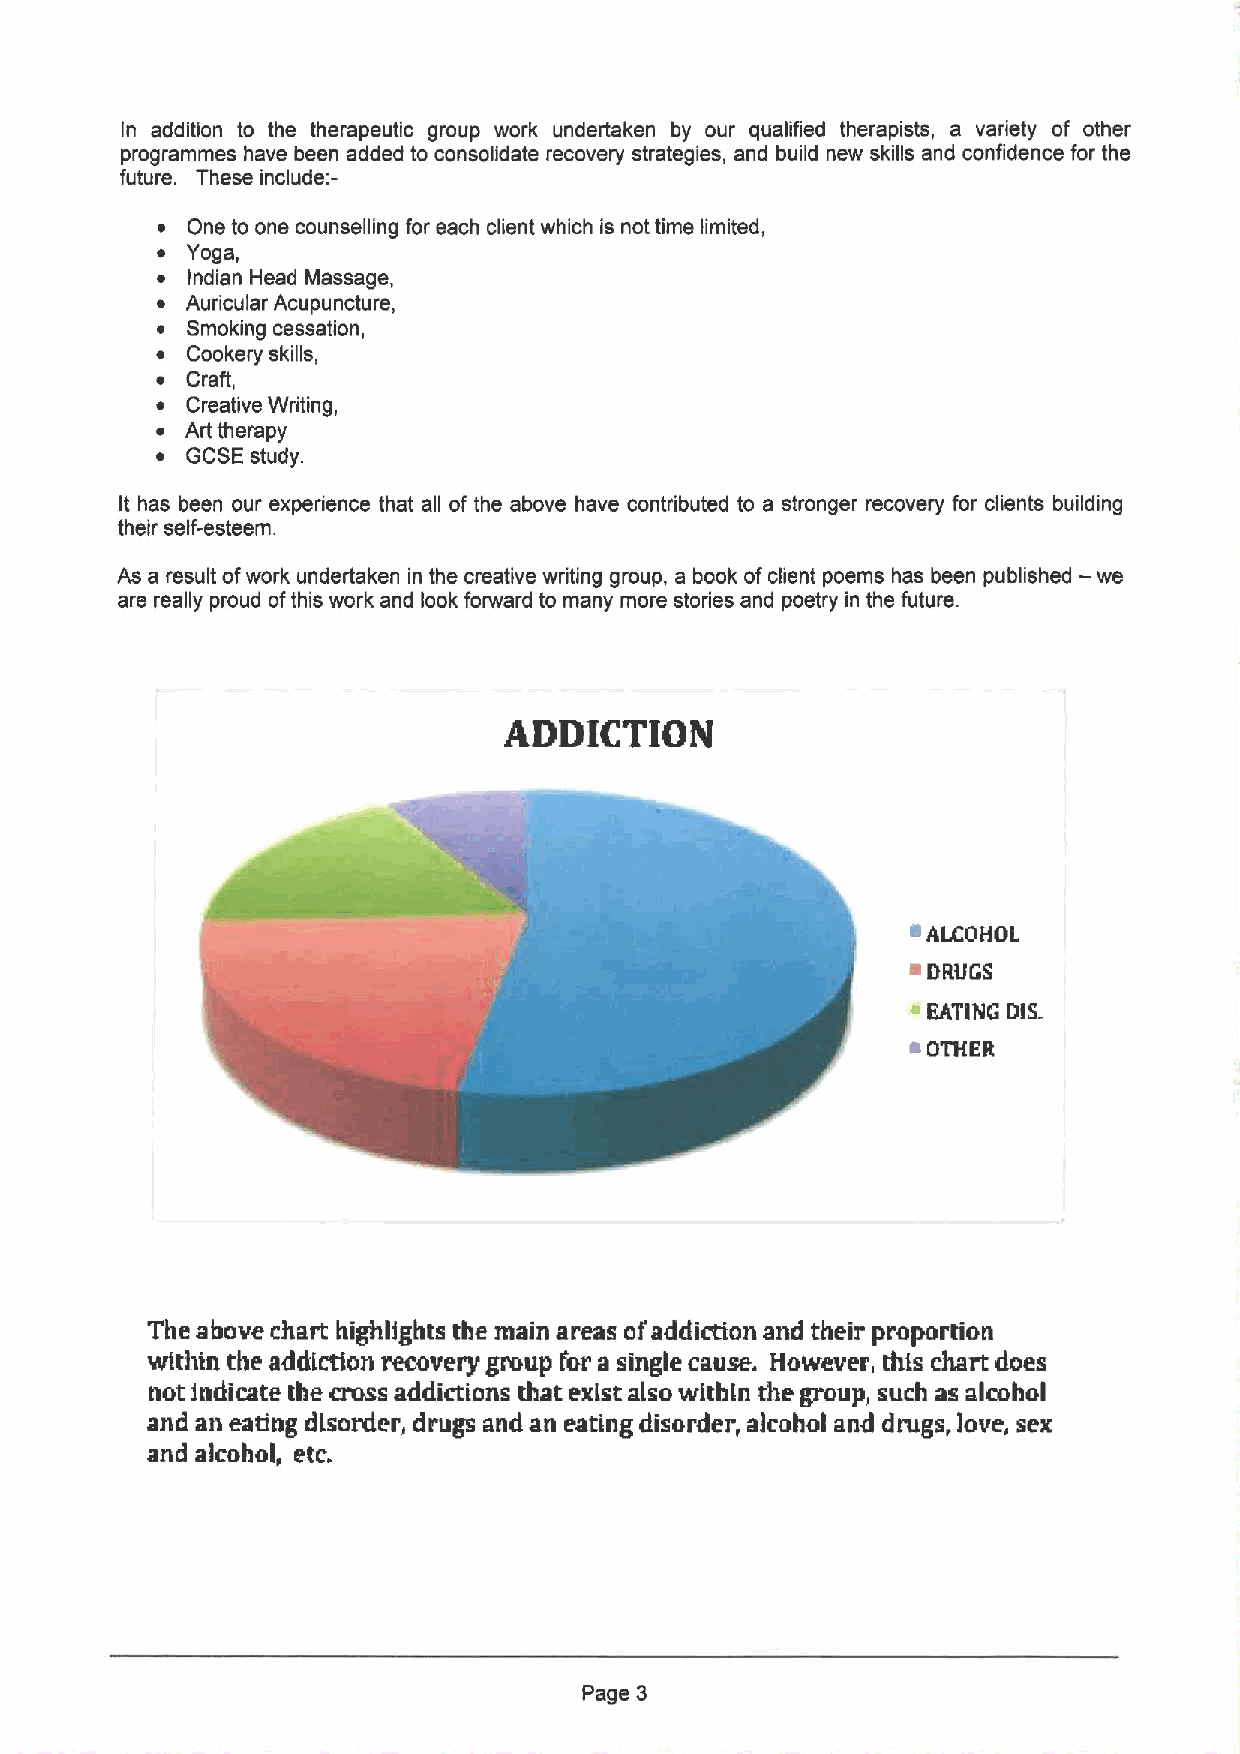
In addition to the therapeutic group work undertaken by our qualified therapists, a variety of other
 programmes have been added to consolidate recovery strategies, and build new skills and confidence for the
 future. These include:-
 ~ One to one counselling for each client which is not time limited,
 ~ Yoga,
 ~ Indian Head Massage,
 ~ Auricular Acupuncture,
 ~ Smoking cessation,
 ~ Cookery skills,
 ~ Craft,
 ~ Creative Writing,
 ~ Art therapy
 ~ GCSE study.
 It has been our experience that all of the above have contributed to a stronger recovery for clients building
 their self-esteem.
 As a result ofwork undertaken in the creative writing group, a book ofclient poems has been published — we
 are really proud ofthis work and look forward to many more stories and poetry in the future.
 ADDICTION
 a
 ALCOHOL
 ~
 DRUGS
 EATING OIS.
 ~OTIIER
 The above chart highlights the main areas ofaddiction and their proportion
 within tbe addiction recovery group for a single cause. However, this chart does
 not indicate the cross addictions that exist also within the group, such as alcohol
 and an eating disorder, drugs and an eating disorder, alcohol and drugs, love, sex
 and alcohol, etc.
 Page 3